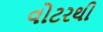
વોટરથી